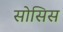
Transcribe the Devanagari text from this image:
सोसिस